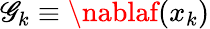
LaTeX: \mathscr{G}_{k}\equiv\nablaf(x_{k})